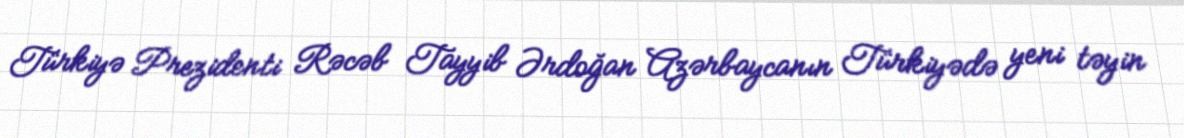
Türkiyə Prezidenti Rəcəb Tayyib Ərdoğan Azərbaycanın Türkiyədə yeni təyin